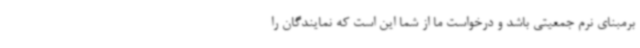
برمبنای نرم جمعیتی باشد و درخواست ما از شما این است که نمایندگان را